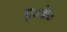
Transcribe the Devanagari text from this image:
ए०के०